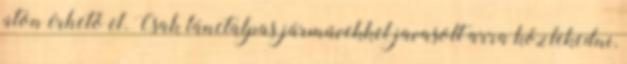
úton érhető el. Csak lánctalpas járművekkel javasolt arra közlekedni,